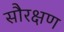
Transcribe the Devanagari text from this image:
सौरक्षण